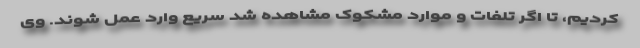
کردیم، تا اگر تلفات و موارد مشکوک مشاهده شد سریع وارد عمل شوند. وی